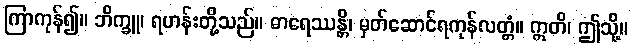
ကြာကုန်၍။ ဘိက္ခူ၊ ရဟန်းတို့သည်။ ဓာရေဿန္တိ၊ မှတ်ဆောင်ရကုန်လတ္တံ။ ဣတိ၊ ဤသို့။